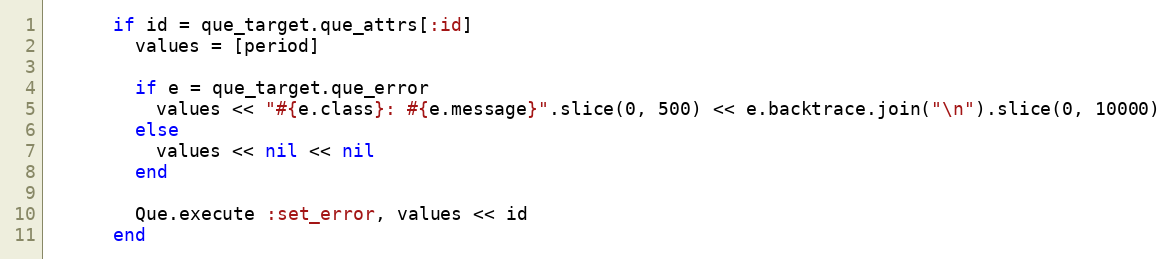
Language: Ruby
      if id = que_target.que_attrs[:id]
        values = [period]

        if e = que_target.que_error
          values << "#{e.class}: #{e.message}".slice(0, 500) << e.backtrace.join("\n").slice(0, 10000)
        else
          values << nil << nil
        end

        Que.execute :set_error, values << id
      end